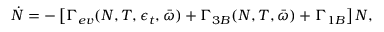
\dot { N } = - \left[ \Gamma _ { e v } ( N , T , \epsilon _ { t } , \bar { \omega } ) + \Gamma _ { 3 B } ( N , T , \bar { \omega } ) + \Gamma _ { 1 B } \right] N ,